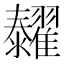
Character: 𦒰